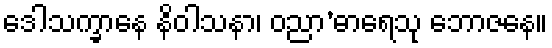
ဒေါသက္ခာနေ နိဝါသနာ၊ ဝညာ’ဓာရေသု ဘောဇနေ။